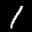
Label: 1